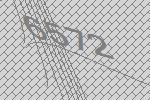
6572